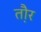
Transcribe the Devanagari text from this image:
त़ौर